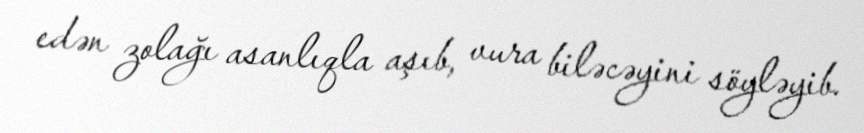
edən zolağı asanlıqla aşıb, vura biləcəyini söyləyib.